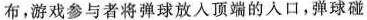
布，游戏参与者将弹球放入顶端的入口，弹球碰